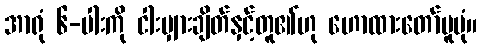
အာရုံ ၆-ပါးကို ငါးမျှားချိတ်နှင့်တူ၏ဟု ဟောထားတော်မူပုံ။